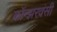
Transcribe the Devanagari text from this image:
कॉन्झरवंसी